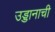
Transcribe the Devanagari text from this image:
उड्डानाची